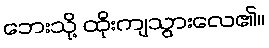
ဘေးသို့ ထိုးကျသွားလေ၏။